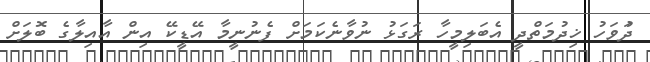
ދުަވަހު ޚިދުމަތްދީ އެބަލިމީހާ ރަގަޅު ނުވާނެކަމަށް ފެނުނީމާ އޭޑީކޭ އިން އާއިލާގެ ބޮލަށް